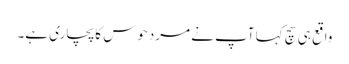
واقع ہی سچ کہا آپ نے مردحوس کا پچاری ہے۔